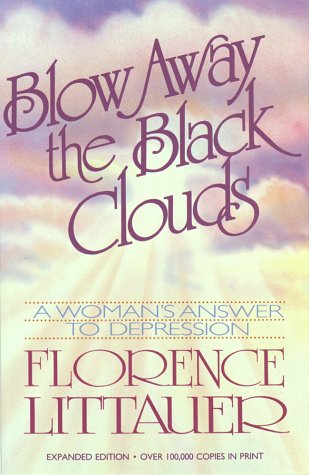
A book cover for Blow Away the Black Clouds: A Woman's Answer to Depression, Expanded Edition; Florence Littauer; Christian Books & Bibles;